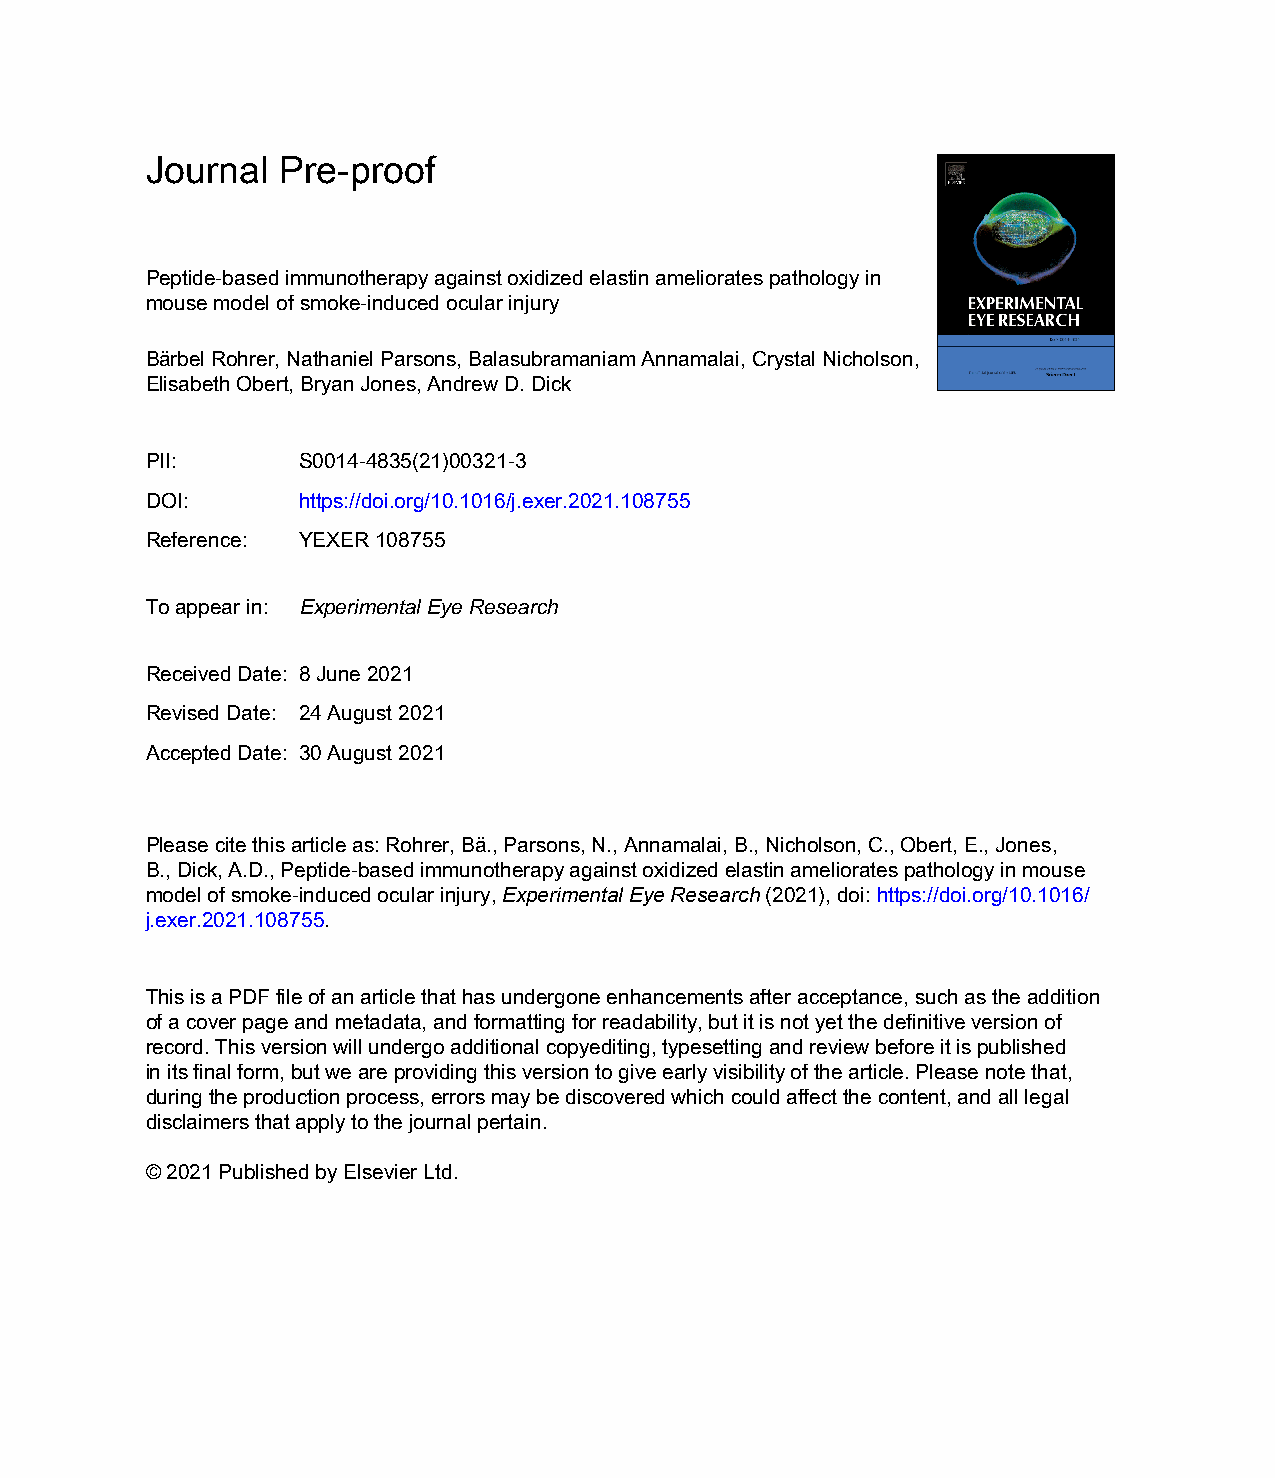
Journal Pre-proof
 Peptide-based immunotherapy against oxidized elastin ameliorates pathology in
 mouse model of smoke-induced ocular injury
 Bärbel Rohrer, Nathaniel Parsons, Balasubramaniam Annamalai, Crystal Nicholson,
 Elisabeth Obert, Bryan Jones, Andrew D. Dick
 PII:      S0014-4835(21)00321-3
 DOI:      https://doi.org/10.1016/j.exer.2021.108755
 Reference: YEXER 108755
 To appear in: Experimental Eye Research
 Received Date: 8 June 2021
 Revised Date: 24 August 2021
 Accepted Date: 30 August 2021
 Please cite this article as: Rohrer, Bä., Parsons, N., Annamalai, B., Nicholson, C., Obert, E., Jones,
 B., Dick, A.D., Peptide-based immunotherapy against oxidized elastin ameliorates pathology in mouse
 model of smoke-induced ocular injury, Experimental Eye Research (2021), doi: https://doi.org/10.1016/
 j.exer.2021.108755.
 This is a PDF file of an article that has undergone enhancements after acceptance, such as the addition
 of a cover page and metadata, and formatting for readability, but it is not yet the definitive version of
 record. This version will undergo additional copyediting, typesetting and review before it is published
 in its final form, but we are providing this version to give early visibility of the article. Please note that,
 during the production process, errors may be discovered which could affect the content, and all legal
 disclaimers that apply to the journal pertain.
 © 2021 Published by Elsevier Ltd.